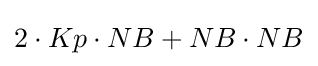
2\cdot Kp\cdot NB+NB\cdot NB